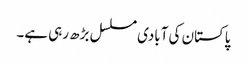
پاکستان کی آبادی مسلسل بڑھ رہی ہے۔